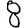
Digit: 8